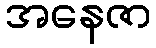
အနေဇာ